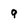
Character: q